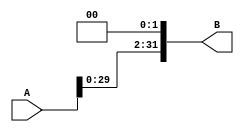
`timescale 1ns/1ns

module shift(
	input [31:0]A,
	output reg [31:0]B
);

always @*
begin
	B = A << 2;
end

endmodule